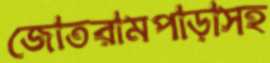
জোতরামপাড়াসহ